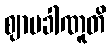
ဈာမခါဏူတိ